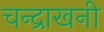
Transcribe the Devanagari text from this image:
चन्द्राखनी